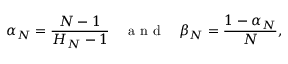
\alpha _ { N } = { \frac { N - 1 } { H _ { N } - 1 } } \quad \mathrm { ~ a ~ n ~ d ~ } \quad \beta _ { N } = { \frac { 1 - \alpha _ { N } } { N } } ,